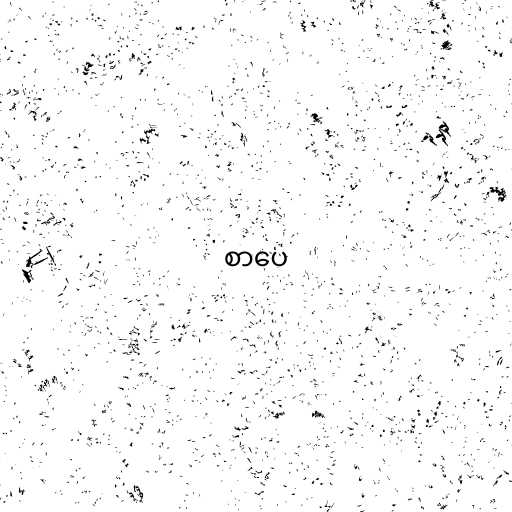
စာပေ